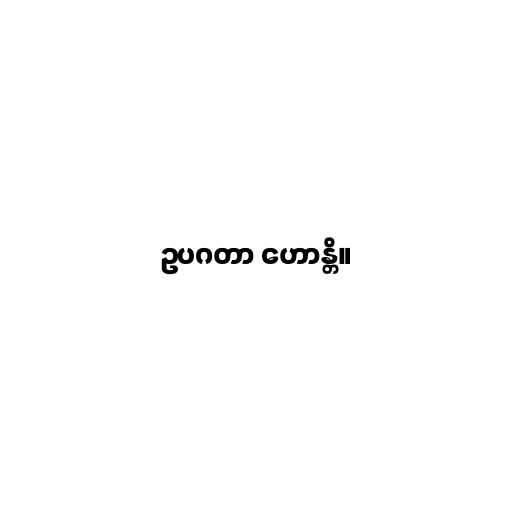
ဥပဂတာ ဟောန္တိ။